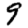
Digit: 9